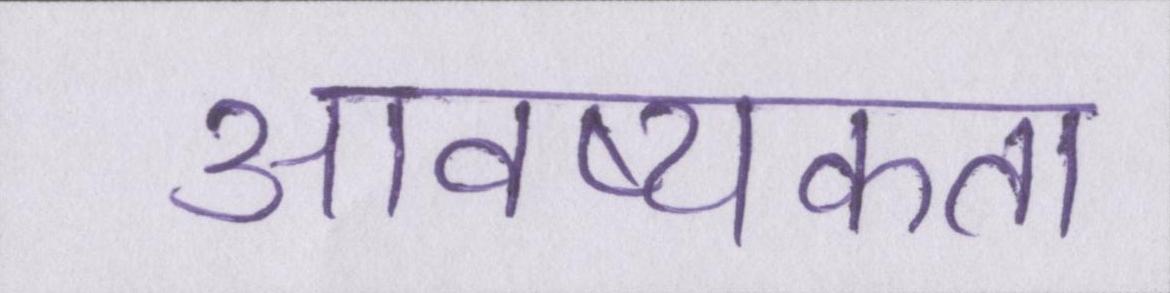
आवष्यकता